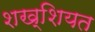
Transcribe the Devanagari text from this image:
शख्शियत